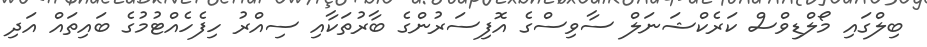
ބިލްގައި މޯލްޑިވްސް ކަރެކްޝަނަލް ސާވިސްގެ އޮފިސަރުންގެ ބާރުތަކާއި ސިއްރު ހިފެހެއްޓުމުގެ ބައިތައް އަދި